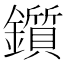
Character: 鑕